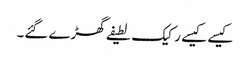
کیسے کیسے رکیک لطیفے گھڑے گئے۔